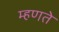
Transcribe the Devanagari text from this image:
म्‍हणते